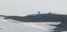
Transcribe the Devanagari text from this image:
टाकेपर्यंत